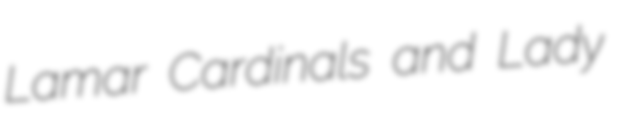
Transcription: Lamar Cardinals and Lady